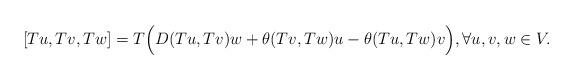
LaTeX: \begin{align*}[Tu,Tv,Tw]=T\Big(D(Tu,Tv)w+\theta(Tv,Tw)u-\theta(Tu,Tw)v\Big), \forall u,v,w \in V.\end{align*}